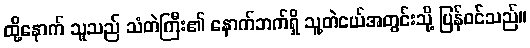
ထို့နောက် သူသည် သံတဲကြီး၏ နောက်ဘက်ရှိ သူ့တဲငယ်အတွင်းသို့ ပြန်ဝင်သည်။